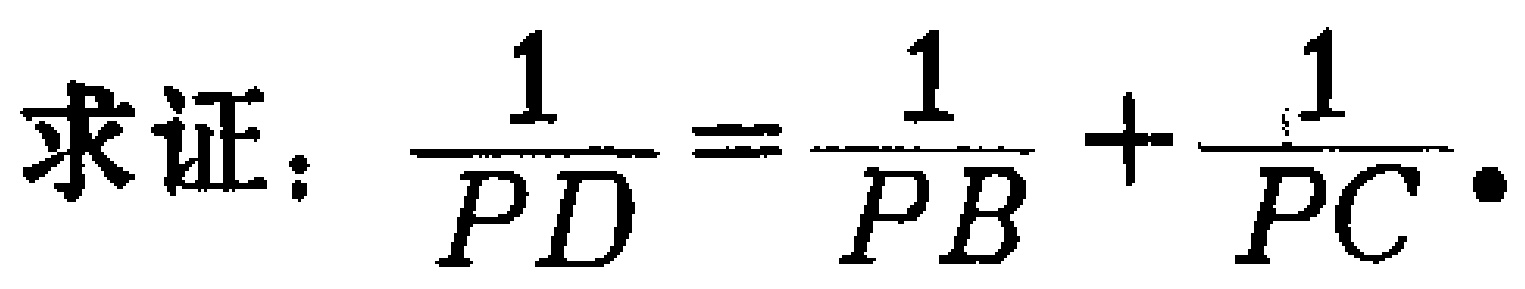
求证：$\dfrac{1}{PD}=\dfrac{1}{PB}+\dfrac{1}{PC}$.